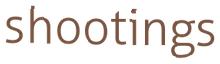
shootings